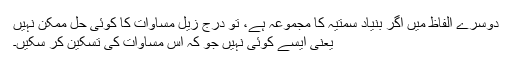
دوسرے الفاظ میں اگر بنیاد سمتیہ کا مجموعہ ہے، تو درج زیل مساوات کا کوئی حل ممکن نہیں
یعنی ایسے کوئی نہیں جو کہ اس مساوات کی تسکین کر سکیں۔